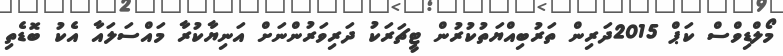
މޯލްޑިވްސް ކަޕް 2015ދަރިން ތަރުބިއްޔަތުކުރުން ޓީޗަރަކު ދަރިވަރުންނަށް އަނިޔާކުރާ މައްސަލައާ އެކު ބޮޑެތި